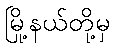
မြို့နယ်တို့မှ